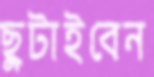
ছুটাইবেন